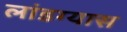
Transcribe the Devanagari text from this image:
लांडग्यास